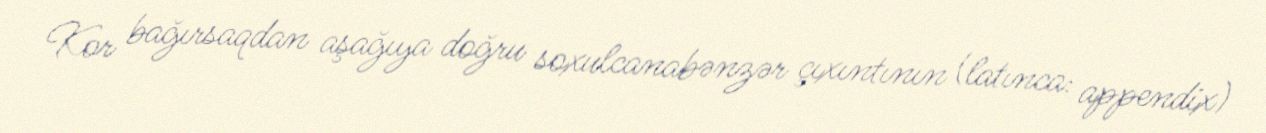
Kor bağırsaqdan aşağıya doğru soxulcanabənzər çıxıntının (latınca: appendix)